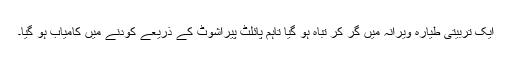
ایک تربیتی طیارہ ویرانہ میں گر کر تباہ ہو گیا تاہم پائلٹ پیراشوٹ کے ذریعے کودنے میں کامیاب ہو گیا۔